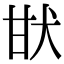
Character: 𤯂